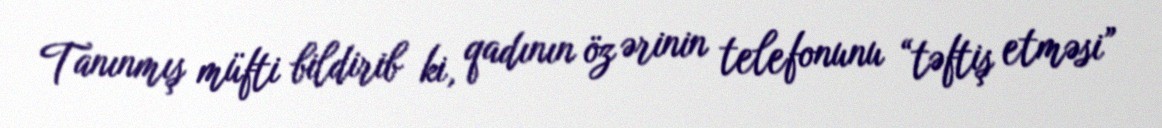
Tanınmış müfti bildirib ki, qadının öz ərinin telefonunu “təftiş etməsi”